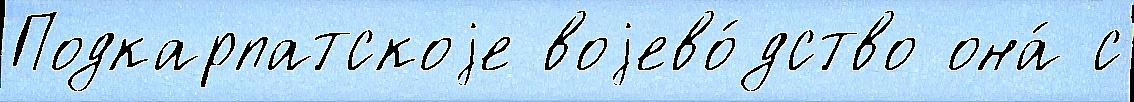
Подкарпатскоjе воjево́дство она́ с